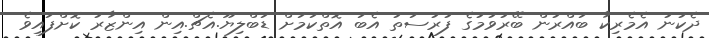
ދެކުނު އެމެރިކާ ބައްރުން ބޭރުވުމުގެ ފުރުސަތު އެބަ އޮތްކަމަށް ޑަބްލިޔޫ.އެޗް.އިން އިންޒާރު ކޮށްފައިވެ